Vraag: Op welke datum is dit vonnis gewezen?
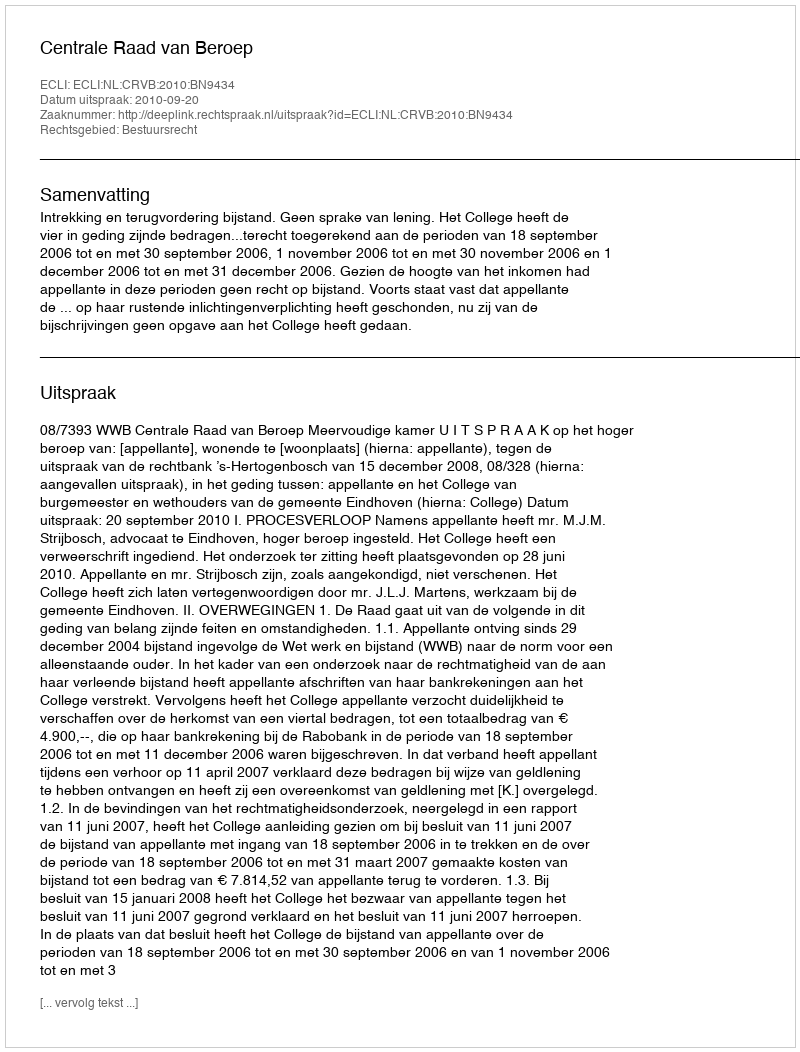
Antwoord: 2010-09-20